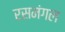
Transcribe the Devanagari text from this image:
रसमंगल